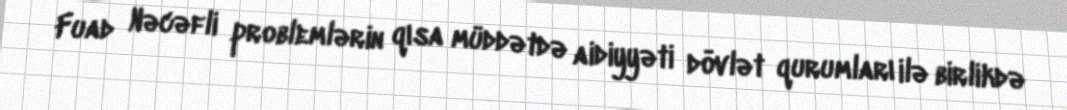
Fuad Nəcəfli problemlərin qısa müddətdə aidiyyəti dövlət qurumları ilə birlikdə